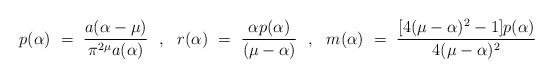
LaTeX: \begin{align*}p(\alpha) ~=~ \frac{a(\alpha-\mu)}{\pi^{2\mu}a(\alpha)} ~~,~~r(\alpha) ~=~ \frac{\alpha p(\alpha)}{(\mu-\alpha)} ~~,~~m(\alpha) ~=~ \frac{[4(\mu-\alpha)^2-1] p(\alpha)}{4(\mu-\alpha)^2}\end{align*}